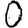
Digit: 0